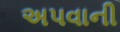
અપવાની